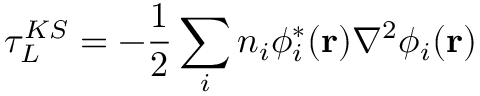
\tau _ { L } ^ { K S } = - \frac { 1 } { 2 } \sum _ { i } n _ { i } \phi _ { i } ^ { * } ( \mathbf { r } ) \nabla ^ { 2 } \phi _ { i } ( \mathbf { r } )